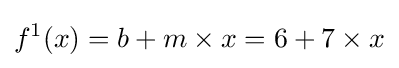
f^{1}(x)=b+m\times x=6+7\times x